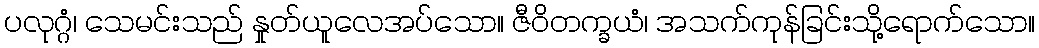
ပလုဂ္ဂံ၊ သေမင်းသည် နှုတ်ယူလေအပ်သော။ ဇီဝိတက္ခယံ၊ အသက်ကုန်ခြင်းသို့ရောက်သော။